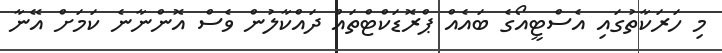
މި ހަރަކާތުގައި އެސްޓީއޯގެ ބައެއް ޕްރޮޑަކްޓްތައް ދައްކާލުން ވެސް އޮންނާނެ ކަމަށް އޭނާ